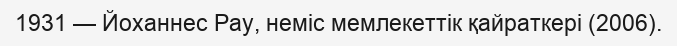
1931 — Йоханнес Рау, неміс мемлекеттік қайраткері (2006).